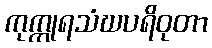
ကုက္ကုရသံဃပရိဝုတာ